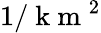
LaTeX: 1/\mathrm{~k~m~}^{2}